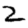
Digit: 2